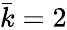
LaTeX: \bar{k}=2